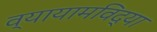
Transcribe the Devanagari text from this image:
व्यायामविद्या